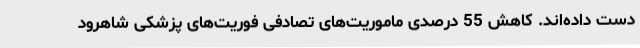
دست داده‌اند. کاهش 55 درصدی ماموریت‌های تصادفی فوریت‌های پزشکی شاهرود